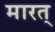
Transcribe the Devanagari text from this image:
मारत्